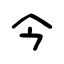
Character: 今